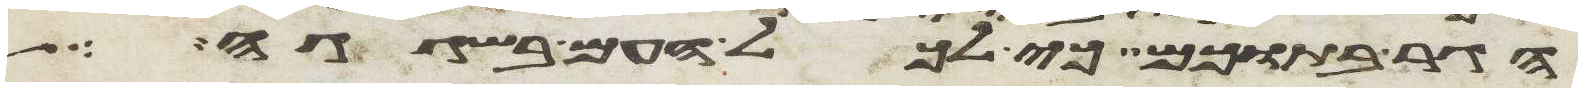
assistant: הגר בתוכם כי לכל העם בשגגה